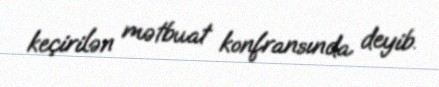
keçirilən mətbuat konfransında deyib.